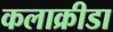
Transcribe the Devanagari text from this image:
कलाक्रीडा